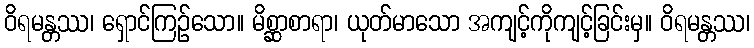
ဝိရမန္တဿ၊ ရှောင်ကြဉ်သော။ မိစ္ဆာစာရာ၊ ယုတ်မာသော အကျင့်ကိုကျင့်ခြင်းမှ။ ဝိရမန္တဿ၊